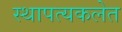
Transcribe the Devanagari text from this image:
स्थापत्यकलेत